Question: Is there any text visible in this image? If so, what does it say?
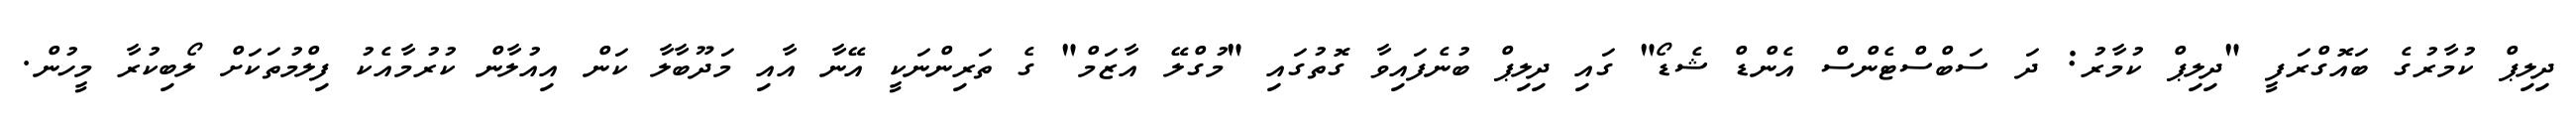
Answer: ދިލިޕް ކުމާރުގެ ބައޮގްރަފީ "ދިލިޕް ކުމާރު: ދަ ސަބްސްޓެންސް އެންޑް ޝެޑޯ" ގައި ދިލިޕް ބުނެފައިވާ ގޮތުގައި "މުގްލޭ އާޒަމް" ގެ ތަރިންނަކީ އޭނާ އާއި މަދޫބާލާ ކަން އިއުލާން ކުރުމާއެކު ފިލްމުތަކަށް ލޯބިކުރާ މީހުން.